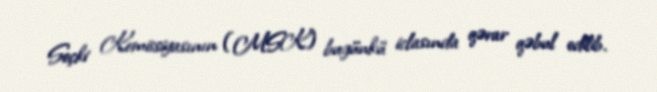
Seçki Komissiyasının (MSK) bugünkü iclasında qərar qəbul edilib.